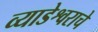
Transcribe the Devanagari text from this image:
व्याडेश्वराचे